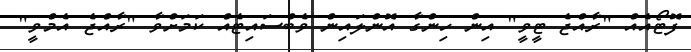
ފޮޓޯއެއް "ރާއްޖެ ޓީވީ" އިން ހިންގާ އޮންލައިން ވެބްސައިޓެއް ކަމަށްވާ "ރާއްޖެ އެމްވީ"